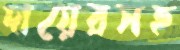
দায়েরসহ